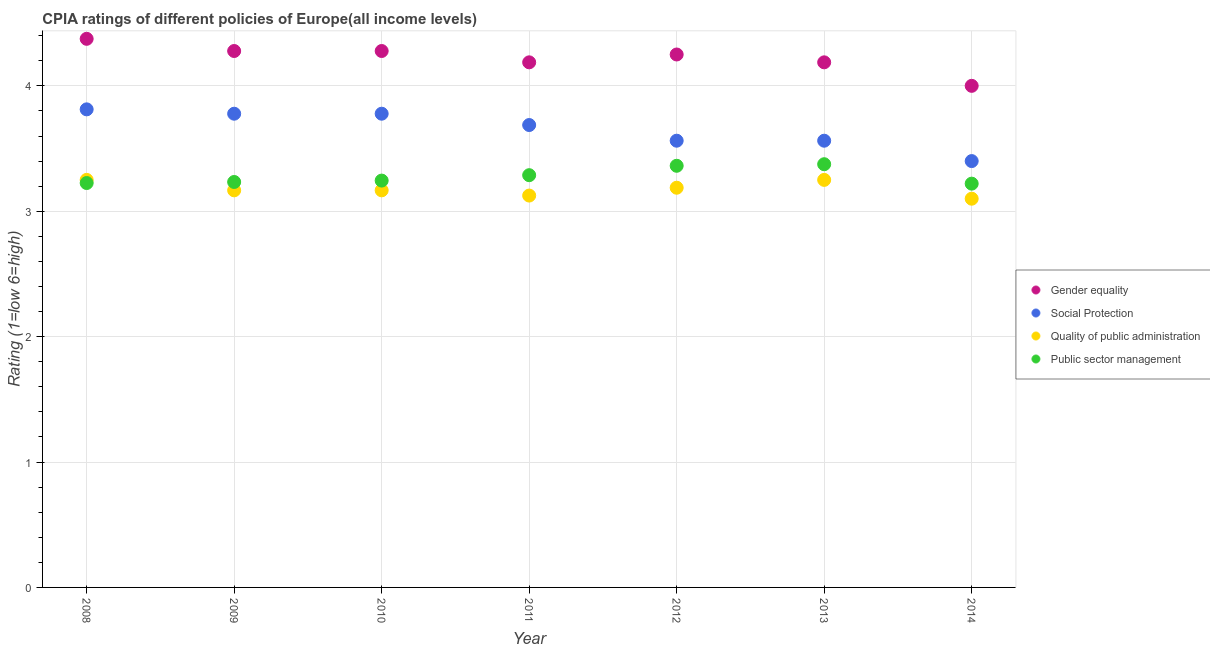
| Year | Gender equality | Social Protection | Quality of public administration | Public sector management |
 | --- | --- | --- | --- | --- |
 | 2008 | 4.38 | 3.81 | 3.25 | 3.23 |
 | 2009 | 4.28 | 3.78 | 3.17 | 3.23 |
 | 2010 | 4.28 | 3.78 | 3.17 | 3.24 |
 | 2011 | 4.19 | 3.69 | 3.12 | 3.29 |
 | 2012 | 4.25 | 3.56 | 3.19 | 3.36 |
 | 2013 | 4.19 | 3.56 | 3.25 | 3.38 |
 | 2014 | 4 | 3.4 | 3.1 | 3.22 |